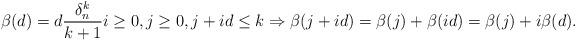
LaTeX: \begin{align*} \beta(d) = d \frac{\delta_n^k}{k+1} i\geq 0, j \geq 0, j+i d \leq k \Rightarrow \beta(j + i d) = \beta(j) + \beta(i d)=\beta(j) + i \beta(d). \end{align*}